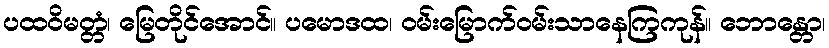
ပထဝိမတ္တံ၊ မြေတိုင်အောင်။ ပမောဒထ၊ ဝမ်းမြောက်ဝမ်းသာနေကြကုန်။ ဘောန္တော၊